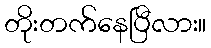
တိုးတက်နေပြီလား။